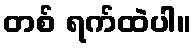
တစ် ရက်ထဲပါ။